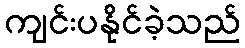
ကျင်းပနိုင်ခဲ့သည်